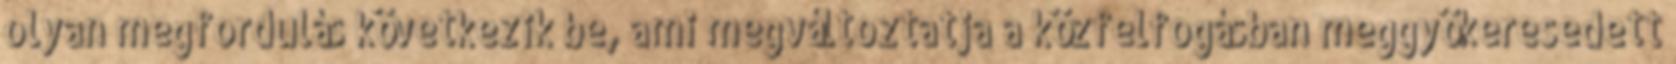
olyan megfordulás következik be, ami megváltoztatja a közfelfogásban meggyökeresedett